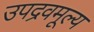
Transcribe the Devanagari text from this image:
उपद्रवमूल्य